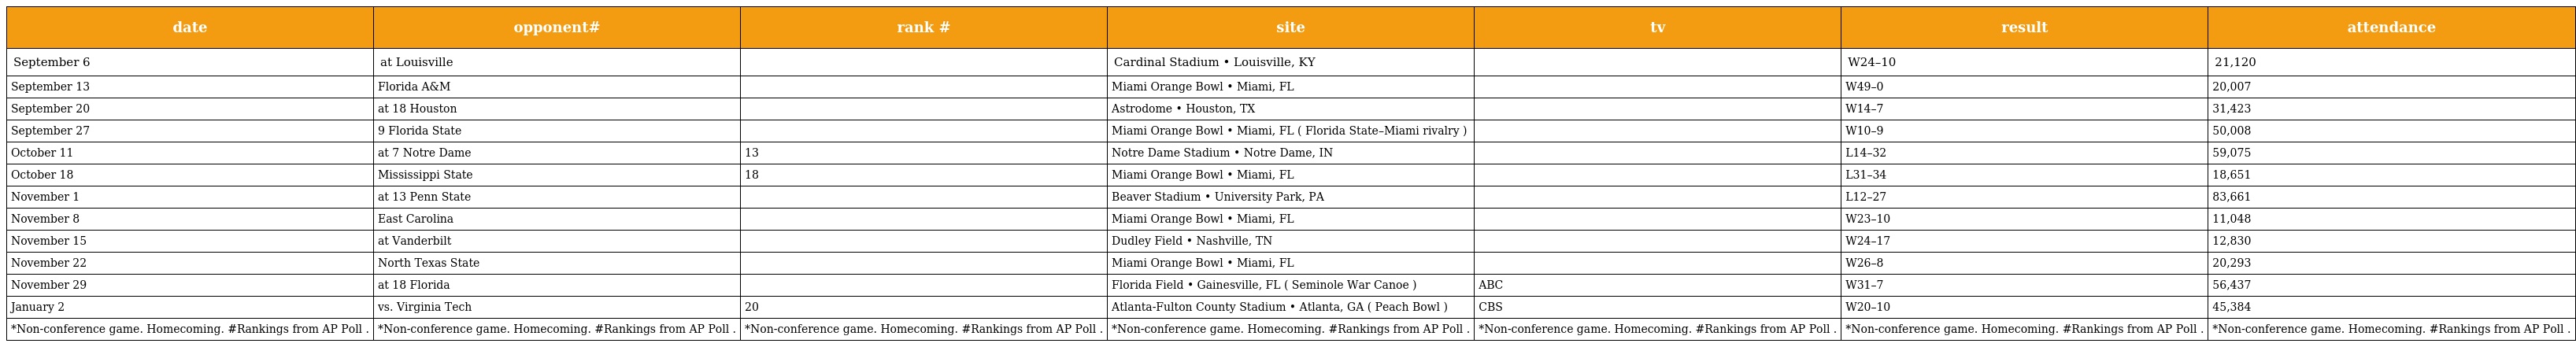
| date | opponent# | rank # | site | tv | result | attendance |
 | --- | --- | --- | --- | --- | --- | --- |
 | September 6 | at Louisville |  | Cardinal Stadium • Louisville, KY |  | W24–10 | 21,120 |
 | September 13 | Florida A&M |  | Miami Orange Bowl • Miami, FL |  | W49–0 | 20,007 |
 | September 20 | at 18 Houston |  | Astrodome • Houston, TX |  | W14–7 | 31,423 |
 | September 27 | 9 Florida State |  | Miami Orange Bowl • Miami, FL ( Florida State–Miami rivalry ) |  | W10–9 | 50,008 |
 | October 11 | at 7 Notre Dame | 13 | Notre Dame Stadium • Notre Dame, IN |  | L14–32 | 59,075 |
 | October 18 | Mississippi State | 18 | Miami Orange Bowl • Miami, FL |  | L31–34 | 18,651 |
 | November 1 | at 13 Penn State |  | Beaver Stadium • University Park, PA |  | L12–27 | 83,661 |
 | November 8 | East Carolina |  | Miami Orange Bowl • Miami, FL |  | W23–10 | 11,048 |
 | November 15 | at Vanderbilt |  | Dudley Field • Nashville, TN |  | W24–17 | 12,830 |
 | November 22 | North Texas State |  | Miami Orange Bowl • Miami, FL |  | W26–8 | 20,293 |
 | November 29 | at 18 Florida |  | Florida Field • Gainesville, FL ( Seminole War Canoe ) | ABC | W31–7 | 56,437 |
 | January 2 | vs. Virginia Tech | 20 | Atlanta-Fulton County Stadium • Atlanta, GA ( Peach Bowl ) | CBS | W20–10 | 45,384 |
 | *Non-conference game. Homecoming. #Rankings from AP Poll . | *Non-conference game. Homecoming. #Rankings from AP Poll . | *Non-conference game. Homecoming. #Rankings from AP Poll . | *Non-conference game. Homecoming. #Rankings from AP Poll . | *Non-conference game. Homecoming. #Rankings from AP Poll . | *Non-conference game. Homecoming. #Rankings from AP Poll . | *Non-conference game. Homecoming. #Rankings from AP Poll . |